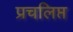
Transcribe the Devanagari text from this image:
प्रचलिप्त